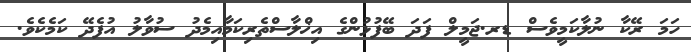
ހަމަ ރޭކާ ނުލާކަމީވެސް ޑރ.ޖަމީލް ފަދަ ބޭފުޅުންގެ އިޚްލާސްތެރިކަމާއިމެދު ސުވާލު އުފެދޭ ކަމެކެވެ.